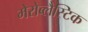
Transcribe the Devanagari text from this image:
मेरोब्लैस्टिक